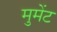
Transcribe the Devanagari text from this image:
मुमेंट